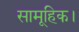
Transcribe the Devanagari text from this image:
सामूहिक।